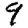
Digit: 9